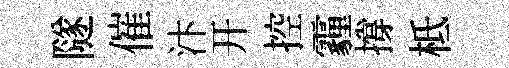
隧催汴开控霾撐柢